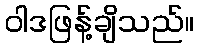
ဝါဒဖြန့်ချိသည်။